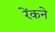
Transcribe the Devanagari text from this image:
रेंकने